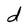
Character: d